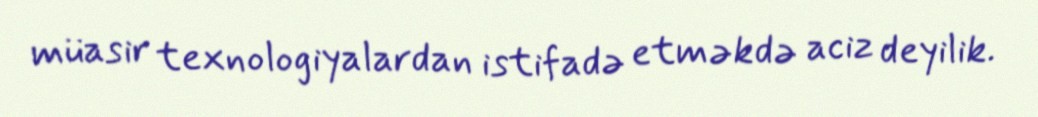
müasir texnologiyalardan istifadə etməkdə aciz deyilik.